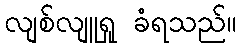
လျစ်လျူရှု ခံရသည်။